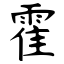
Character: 霍